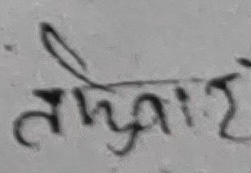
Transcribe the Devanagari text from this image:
तमुहीइ